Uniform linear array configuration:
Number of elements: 8
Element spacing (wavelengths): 1
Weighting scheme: uniform
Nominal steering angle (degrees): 60
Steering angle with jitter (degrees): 58.841
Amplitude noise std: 0.05
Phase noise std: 0.05

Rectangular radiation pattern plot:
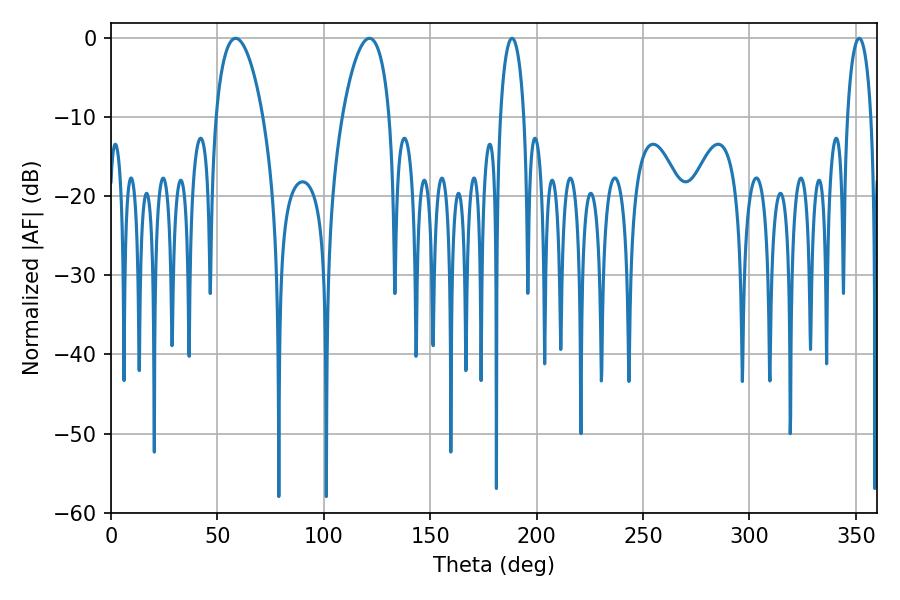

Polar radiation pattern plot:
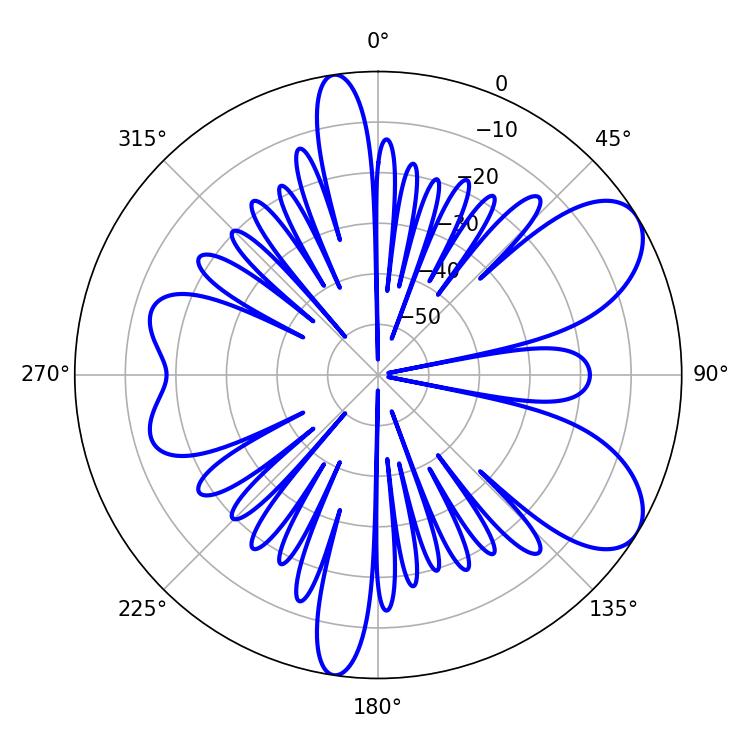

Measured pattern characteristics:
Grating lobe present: TRUE
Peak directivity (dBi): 7.71
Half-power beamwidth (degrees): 6.48
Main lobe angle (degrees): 188.46